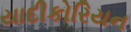
યાદીકોરિયન